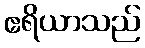
ဧရိယာသည်